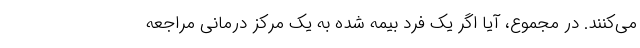
می‌کنند. در مجموع، آیا اگر یک فردِ بیمه شده به یک مرکز درمانی مراجعه